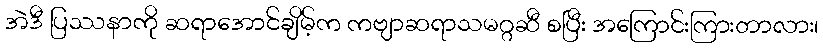
အဲဒီ ပြဿနာကို ဆရာအောင်ချိမ့်က ကဗျာဆရာသမဂ္ဂဆီ စပြီး အကြောင်းကြားတာလား၊